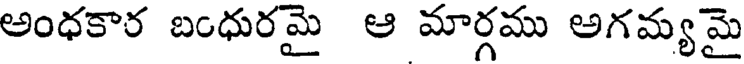
అంధకార బంధురమై ఆ మార్గము అగమ్య మై